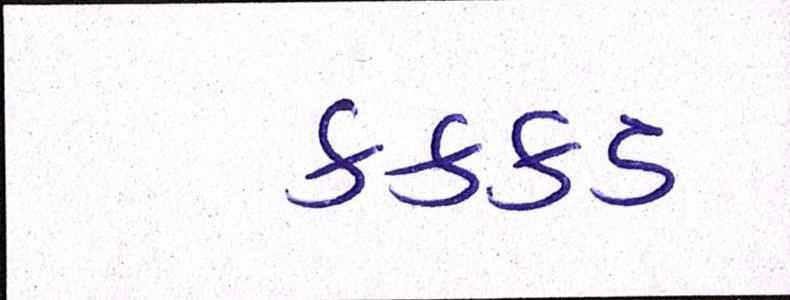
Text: કક્કડ